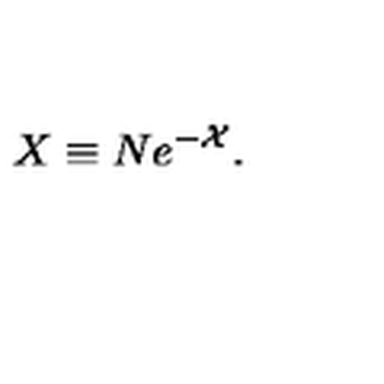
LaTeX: X \equiv N e ^ { - { \cal X } } . \nonumber